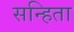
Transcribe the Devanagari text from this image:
सन्हिता